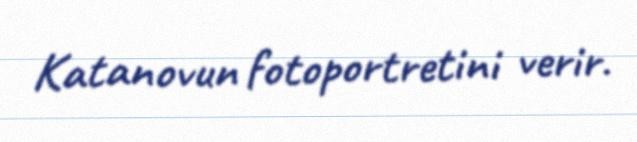
Katanovun fotoportretini verir.